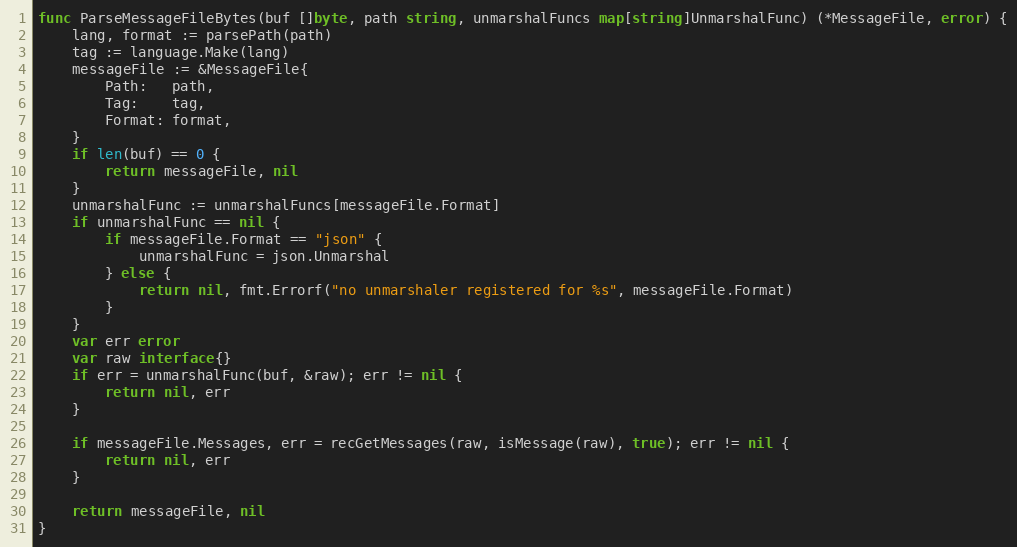
Language: Go
func ParseMessageFileBytes(buf []byte, path string, unmarshalFuncs map[string]UnmarshalFunc) (*MessageFile, error) {
	lang, format := parsePath(path)
	tag := language.Make(lang)
	messageFile := &MessageFile{
		Path:   path,
		Tag:    tag,
		Format: format,
	}
	if len(buf) == 0 {
		return messageFile, nil
	}
	unmarshalFunc := unmarshalFuncs[messageFile.Format]
	if unmarshalFunc == nil {
		if messageFile.Format == "json" {
			unmarshalFunc = json.Unmarshal
		} else {
			return nil, fmt.Errorf("no unmarshaler registered for %s", messageFile.Format)
		}
	}
	var err error
	var raw interface{}
	if err = unmarshalFunc(buf, &raw); err != nil {
		return nil, err
	}

	if messageFile.Messages, err = recGetMessages(raw, isMessage(raw), true); err != nil {
		return nil, err
	}

	return messageFile, nil
}